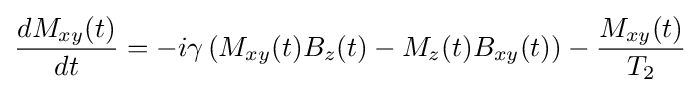
{\frac {dM_{xy}(t)}{dt}}=-i\gamma \left(M_{xy}(t)B_{z}(t)-M_{z}(t)B_{xy}(t)\right)-{\frac {M_{xy}(t)}{T_{2}}}